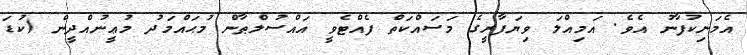
އެމަނިކުފާނު އެވެ. އަމިއްލަ ވިޔަފާރީގެ މަސައްކަތް ފެއްޓެވީ އައްސުލްޠާން މުޙައްމަދު މުޢީނުއްދީން (ކުޑަ